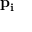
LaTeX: \mathbf { p _ { i } }